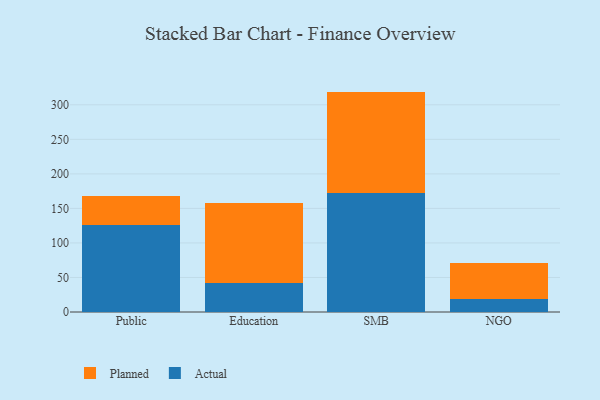
{"axis": {"x": "Segment", "y": "Conversion Rate (%)"}, "legend": ["Actual", "Planned"], "data": [{"x": "Public", "y": 125.4, "type": "Actual"}, {"x": "Public", "y": 42.4, "type": "Planned"}, {"x": "Education", "y": 42.4, "type": "Actual"}, {"x": "Education", "y": 115.1, "type": "Planned"}, {"x": "SMB", "y": 172.2, "type": "Actual"}, {"x": "SMB", "y": 146.9, "type": "Planned"}, {"x": "NGO", "y": 18.3, "type": "Actual"}, {"x": "NGO", "y": 53.1, "type": "Planned"}]}